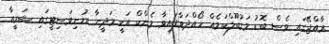
ރާއްޖޭގައި ވެސް ބޮޑު މަގުބޫލްކަމެއް ހޯއްދަވާފައިވާ މެންކް އަކީ މަދީނާ ޔުނިވަސިޓީގައި ޝަރީއާ